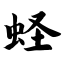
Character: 蛏